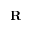
\mathbf { R }